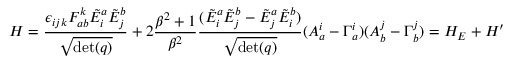
H = { \frac { \epsilon _ { i j k } F _ { a b } ^ { k } { \tilde { E } } _ { i } ^ { a } { \tilde { E } } _ { j } ^ { b } } { \sqrt { \operatorname* { d e t } ( q ) } } } + 2 { \frac { \beta ^ { 2 } + 1 } { \beta ^ { 2 } } } { \frac { ( { \tilde { E } } _ { i } ^ { a } { \tilde { E } } _ { j } ^ { b } - { \tilde { E } } _ { j } ^ { a } { \tilde { E } } _ { i } ^ { b } ) } { \sqrt { \operatorname* { d e t } ( q ) } } } ( A _ { a } ^ { i } - \Gamma _ { a } ^ { i } ) ( A _ { b } ^ { j } - \Gamma _ { b } ^ { j } ) = H _ { E } + H ^ { \prime }